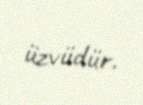
üzvüdür.